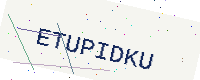
Text: ETUPIDKU